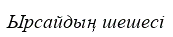
Ырсайдың шешесі